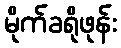
မိုက်ခရိုဖုန်း